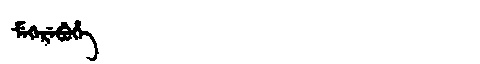
Manchu: ᠮᡝᡴᡝᡵᡝᠪᡠᡥᡝ
Romanization: MEKEREBUHE